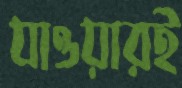
যাওয়ারই